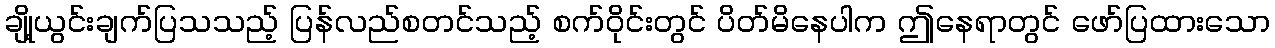
ချို့ယွင်းချက်ပြသသည့် ပြန်လည်စတင်သည့် စက်ဝိုင်းတွင် ပိတ်မိနေပါက ဤနေရာတွင် ဖော်ပြထားသော